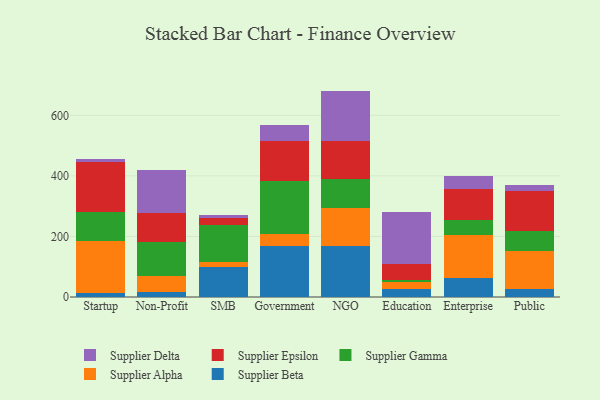
{"axis": {"x": "Segment", "y": "Gross Profit (USD K)"}, "legend": ["Supplier Alpha", "Supplier Beta", "Supplier Delta", "Supplier Epsilon", "Supplier Gamma"], "data": [{"x": "Startup", "y": 12.7, "type": "Supplier Beta"}, {"x": "Startup", "y": 170.7, "type": "Supplier Alpha"}, {"x": "Startup", "y": 97.5, "type": "Supplier Gamma"}, {"x": "Startup", "y": 166.5, "type": "Supplier Epsilon"}, {"x": "Startup", "y": 8.5, "type": "Supplier Delta"}, {"x": "Non-Profit", "y": 15.3, "type": "Supplier Beta"}, {"x": "Non-Profit", "y": 53.3, "type": "Supplier Alpha"}, {"x": "Non-Profit", "y": 114.2, "type": "Supplier Gamma"}, {"x": "Non-Profit", "y": 94.0, "type": "Supplier Epsilon"}, {"x": "Non-Profit", "y": 142.7, "type": "Supplier Delta"}, {"x": "SMB", "y": 98.0, "type": "Supplier Beta"}, {"x": "SMB", "y": 18.6, "type": "Supplier Alpha"}, {"x": "SMB", "y": 121.1, "type": "Supplier Gamma"}, {"x": "SMB", "y": 23.6, "type": "Supplier Epsilon"}, {"x": "SMB", "y": 9.6, "type": "Supplier Delta"}, {"x": "Government", "y": 167.4, "type": "Supplier Beta"}, {"x": "Government", "y": 39.3, "type": "Supplier Alpha"}, {"x": "Government", "y": 176.5, "type": "Supplier Gamma"}, {"x": "Government", "y": 131.7, "type": "Supplier Epsilon"}, {"x": "Government", "y": 52.5, "type": "Supplier Delta"}, {"x": "NGO", "y": 167.3, "type": "Supplier Beta"}, {"x": "NGO", "y": 126.6, "type": "Supplier Alpha"}, {"x": "NGO", "y": 95.5, "type": "Supplier Gamma"}, {"x": "NGO", "y": 126.3, "type": "Supplier Epsilon"}, {"x": "NGO", "y": 165.2, "type": "Supplier Delta"}, {"x": "Education", "y": 26.9, "type": "Supplier Beta"}, {"x": "Education", "y": 21.6, "type": "Supplier Alpha"}, {"x": "Education", "y": 6.3, "type": "Supplier Gamma"}, {"x": "Education", "y": 53.8, "type": "Supplier Epsilon"}, {"x": "Education", "y": 172.1, "type": "Supplier Delta"}, {"x": "Enterprise", "y": 63.0, "type": "Supplier Beta"}, {"x": "Enterprise", "y": 142.3, "type": "Supplier Alpha"}, {"x": "Enterprise", "y": 48.6, "type": "Supplier Gamma"}, {"x": "Enterprise", "y": 103.7, "type": "Supplier Epsilon"}, {"x": "Enterprise", "y": 40.6, "type": "Supplier Delta"}, {"x": "Public", "y": 25.1, "type": "Supplier Beta"}, {"x": "Public", "y": 126.5, "type": "Supplier Alpha"}, {"x": "Public", "y": 66.7, "type": "Supplier Gamma"}, {"x": "Public", "y": 133.3, "type": "Supplier Epsilon"}, {"x": "Public", "y": 17.4, "type": "Supplier Delta"}]}